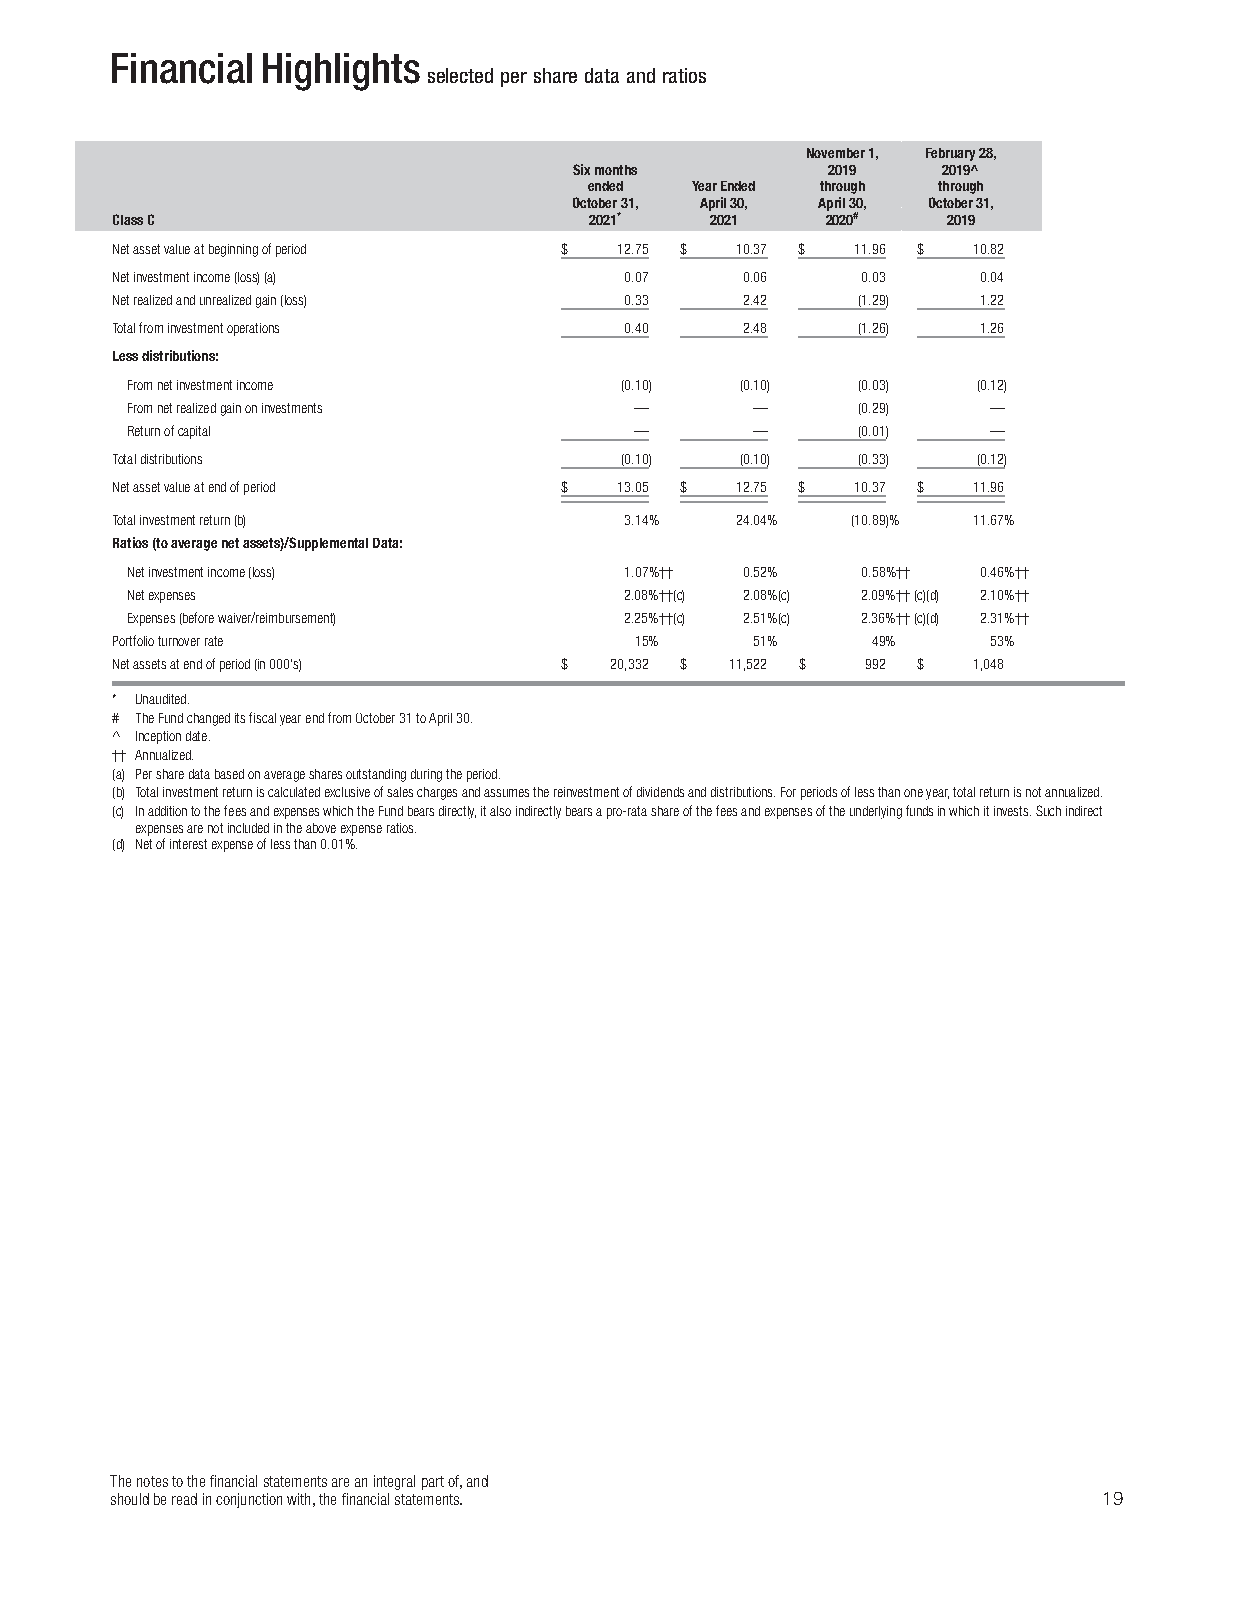
Financial Highlights
 selected per share data and ratios
 November1, February28,
 Sixmonths        2019   2019^
 ended  YearEnded through through
 OOOccctttooobbbeeerrr333111,,, AAAppprrriiilll333000,,, April30, OOOccctttooobbbeeerrr333111,,,
 ClassC                          2021*   2021    200200## 2019
 Netassetvalueatbeginningofperiod $ 12.75 $ 10.37 $ 11.96 $ 10.82
 Netinvestmentincome(loss)(a)      0.07    0.06    0.03    0.04
 Netrealizedandunrealizedgain(loss) 0.33   2.42    (1.29)  1.22
 Totalfrominvestmentoperations     0.40    2.48    (1.26)  1.26
 Lessdistributions:
 Fromnetinvestmentincome          (0.10)  (0.10)  (0.03)  (0.12)
 Fromnetrealizedgainoninvestments  —       —      (0.29)   —
 Returnofcapital                   —       —      (0.01)   —
 Totaldistributions                (0.10)  (0.10)  (0.33)  (0.12)
 Netassetvalueatendofperiod    $   13.05 $ 12.75 $ 10.37 $ 11.96
 Totalinvestmentreturn(b)          3.14%   24.04% (10.89)% 11.67%
 Ratios(toaveragenetassets)/SupplementalData:
 Netinvestmentincome(loss)        1.07%†† 0.52%   0.58%†† 0.46%††
 Netexpenses                      2.08%††(c) 2.08%(c) 2.09%††(c)(d) 2.10%††
 Expenses(beforewaiver/reimbursement) 2.25%††(c) 2.51%(c) 2.36%††(c)(d) 2.31%††
 Portfolioturnoverrate              15%     51%     49%     53%
 Netassetsatendofperiod(in000’s) $ 20,332 $ 11,522 $ 992 $ 1,048
 * Unaudited.
 # TheFundchangeditsfiscalyearendfromOctober31toApril30.
 ^ Inceptiondate.
 †† Annualized.
 (a) Persharedatabasedonaveragesharesoutstandingduringtheperiod.
 (b) Totalinvestmentreturniscalculatedexclusiveofsaleschargesandassumesthereinvestmentofdividendsanddistributions.Forperiodsoflessthanoneyear,totalreturnisnotannualized.
 (c) InadditiontothefeesandexpenseswhichtheFundbearsdirectly,italsoindirectlybearsapro-ratashareofthefeesandexpensesoftheunderlyingfundsinwhichitinvests.Suchindirect
 expensesarenotincludedintheaboveexpenseratios.
 (d) Netofinterestexpenseoflessthan0.01%.
 Thenotestothefinancialstatementsareanintegralpartof,and
 shouldbereadinconjunctionwith,thefinancialstatements.             19